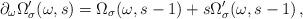
LaTeX: \begin{align*}\partial_\omega\Omega^\prime_\sigma(\omega,s)=\Omega_\sigma(\omega,s-1)+s\Omega^\prime_\sigma(\omega,s-1) \,,\end{align*}